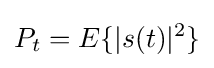
P_{t}=E\{|s(t)|^{2}\}